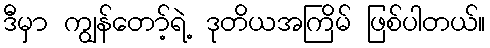
ဒီမှာ ကျွန်တော့်ရဲ့ ဒုတိယအကြိမ် ဖြစ်ပါတယ်။